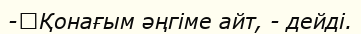
-	Қонағым әңгіме айт, - дейді.